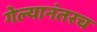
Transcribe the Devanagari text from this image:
गेल्यानंतरच